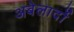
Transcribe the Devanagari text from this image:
अबेलार्दो